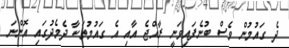
ދެ ގައުމުން ވެސް ބުނެފައިވަނީ ރާއްޖެ އާއި އެ ގައުމުތަކާ ދެމެދުގައި އޮންނަ